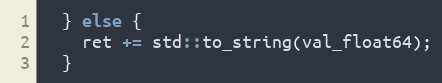
Language: C++
  } else {
    ret += std::to_string(val_float64);
  }